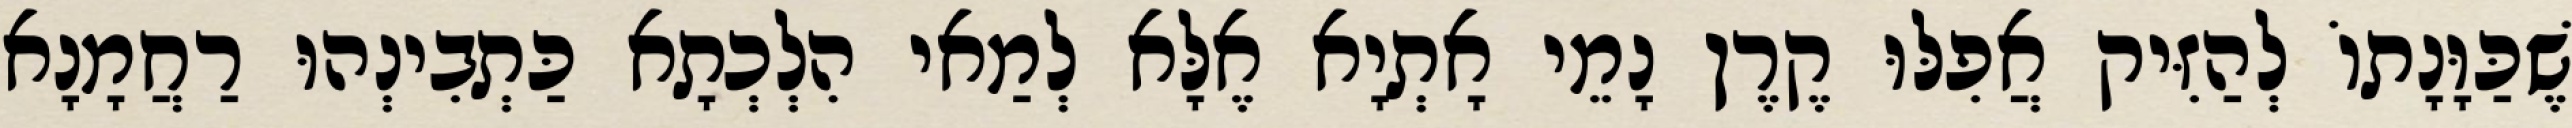
שֶׁכַּוָּנָתוֹ לְהַזִּיק אֲפִלּוּ קֶרֶן נָמֵי אָתְיָא אֶלָּא לְמַאי הִלְכְתָא כַּתְבִינְהוּ רַחֲמָנָא